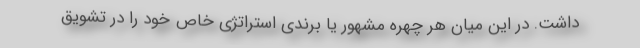
داشت. در این میان هر چهره مشهور یا برندی استراتژی خاص خود را در تشویق